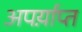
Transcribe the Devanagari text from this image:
अपर्य़ाप्त